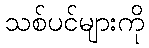
သစ်ပင်များကို